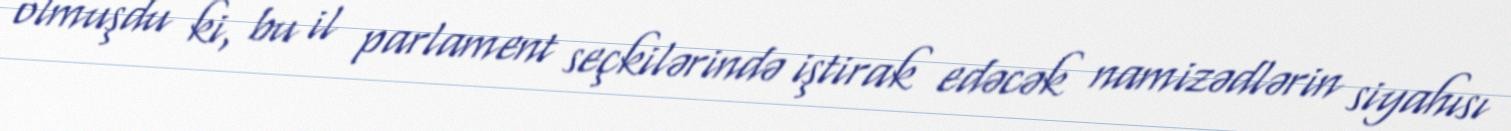
olmuşdu ki, bu il parlament seçkilərində iştirak edəcək namizədlərin siyahısı